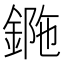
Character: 𨧯